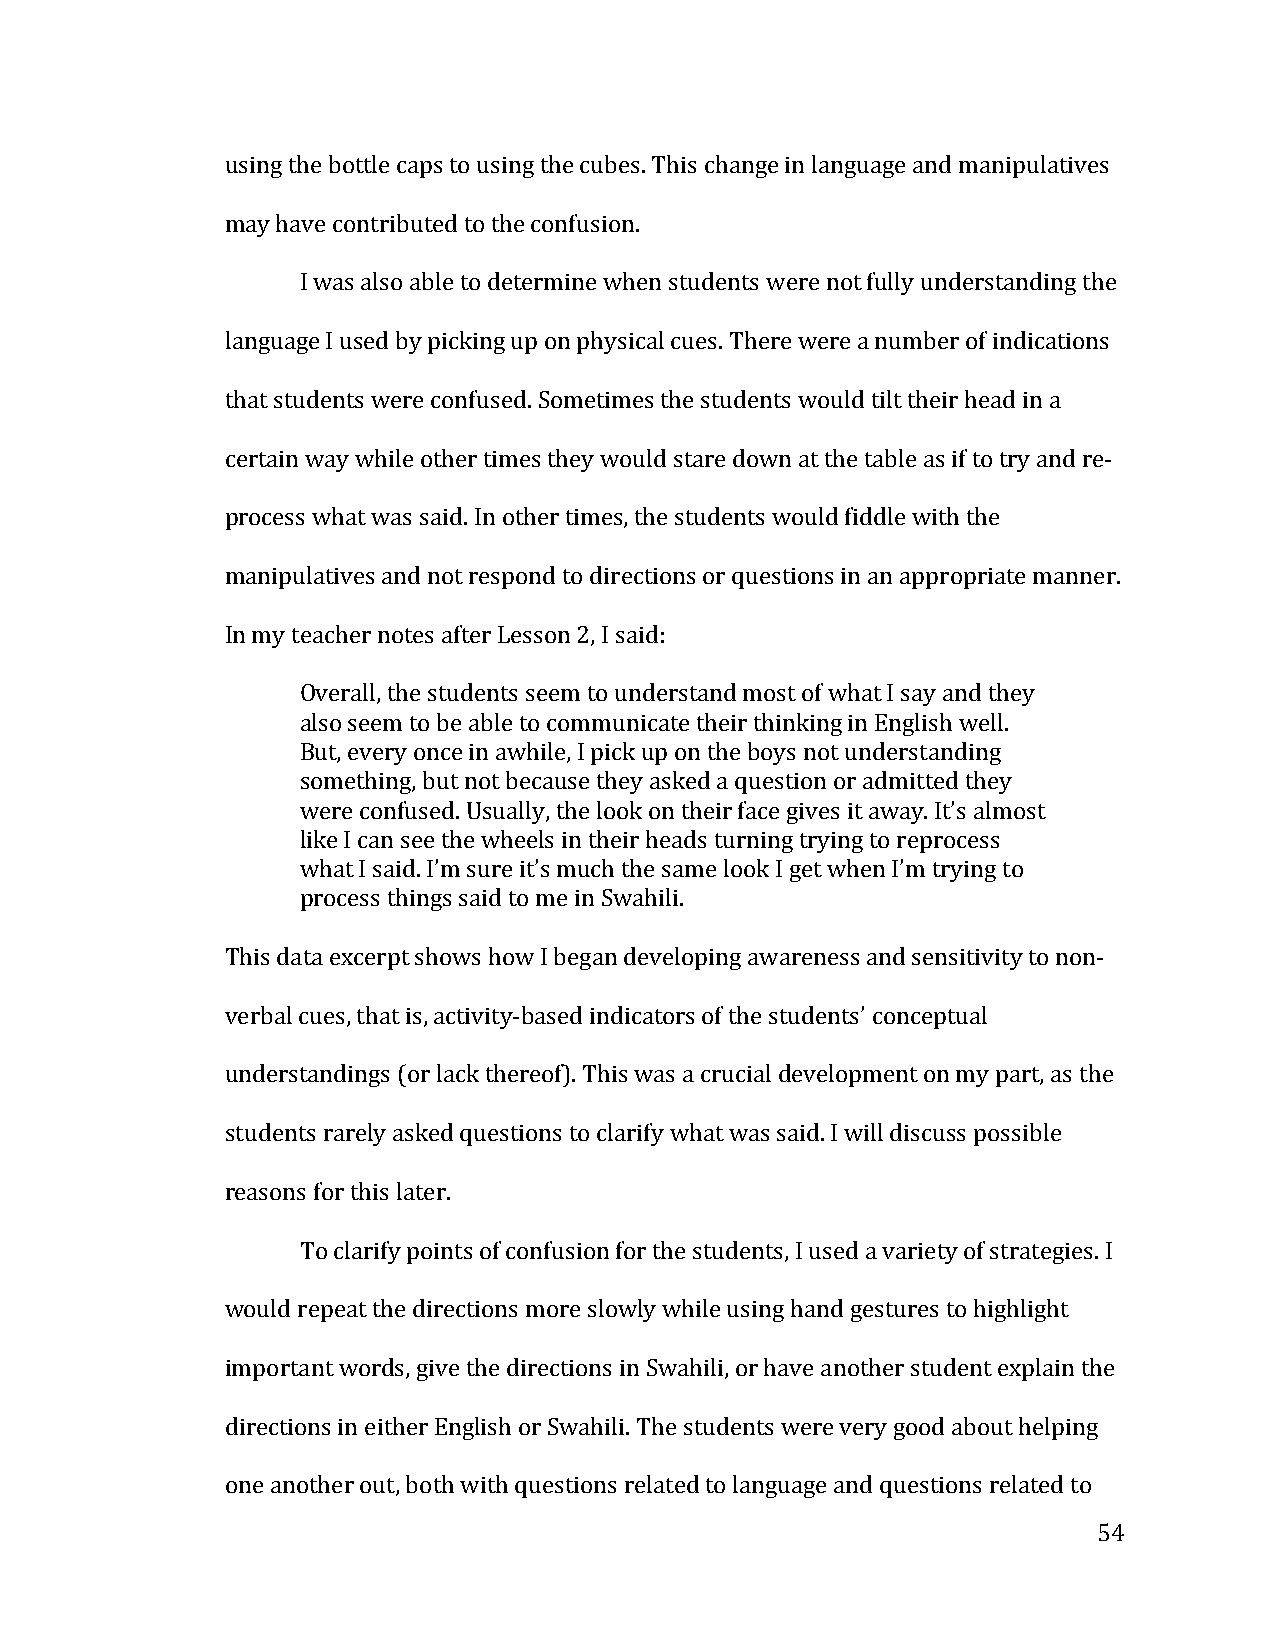
using the bottle caps to using the cubes. This change in language and manipulatives
 may have contributed to the confusion.
 I was also able to determine when students were not fully understanding the
 language I used by picking up on physical cues. There were a number of indications
 that students were confused. Sometimes the students would tilt their head in a
 certain way while other times they would stare down at the table as if to try and re-­‐
 process what was said. In other times, the students would fiddle with the
 manipulatives and not respond to directions or questions in an appropriate manner.
 In my teacher notes after Lesson 2, I said:
 Overall, the students seem to understand most of what I say and they
 also seem to be able to communicate their thinking in English well.
 But, every once in awhile, I pick up on the boys not understanding
 something, but not because they asked a question or admitted they
 were confused. Usually, the look on their face gives it away. It’s almost
 like I can see the wheels in their heads turning trying to reprocess
 what I said. I’m sure it’s much the same look I get when I’m trying to
 process things said to me in Swahili.
 This data excerpt shows how I began developing awareness and sensitivity to non-­‐
 verbal cues, that is, activity-­‐based indicators of the students’ conceptual
 understandings (or lack thereof). This was a crucial development on my part, as the
 students rarely asked questions to clarify what was said. I will discuss possible
 reasons for this later.
 To clarify points of confusion for the students, I used a variety of strategies. I
 would repeat the directions more slowly while using hand gestures to highlight
 important words, give the directions in Swahili, or have another student explain the
 directions in either English or Swahili. The students were very good about helping
 one another out, both with questions related to language and questions related to
 54